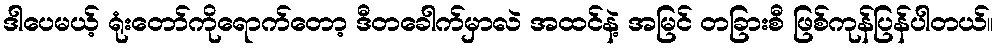
ဒါပေမယ့် ရုံးတော်ကိုရောက်တော့ ဒီတခေါက်မှာလဲ အထင်နဲ့ အမြင် တခြားစီ ဖြစ်ကုန်ပြန်ပါတယ်။